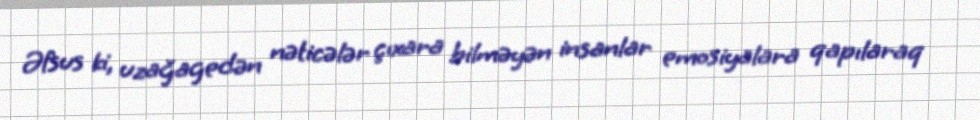
Əfsus ki, uzağagedən nəticələr çıxara bilməyən insanlar emosiyalara qapılaraq